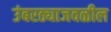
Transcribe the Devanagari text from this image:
उंबरठ्याजवळील